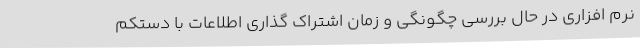
نرم افزاری در حال بررسی چگونگی و زمان اشتراک گذاری اطلاعات با دستکم